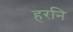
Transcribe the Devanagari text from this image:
हरनि